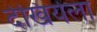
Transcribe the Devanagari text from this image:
देखियेला